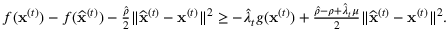
\begin{array} { r } { f ( { \mathbf x } ^ { ( t ) } ) - f ( \widehat { \mathbf x } ^ { ( t ) } ) - \frac { \hat { \rho } } { 2 } \| \widehat { \mathbf x } ^ { ( t ) } - { \mathbf x } ^ { ( t ) } \| ^ { 2 } \geq - \widehat \lambda _ { t } g ( { \mathbf x } ^ { ( t ) } ) + \frac { \hat { \rho } - \rho + \widehat \lambda _ { t } \mu } { 2 } \| \widehat { \mathbf x } ^ { ( t ) } - { \mathbf x } ^ { ( t ) } \| ^ { 2 } . } \end{array}